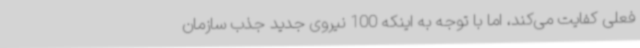
فعلی کفایت می‌کند، اما با توجه به اینکه 100 نیروی جدید جذب سازمان